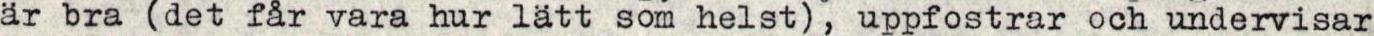
är bra (det får vara hur lätt som helst), uppfostrar och undervisar